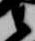
衛